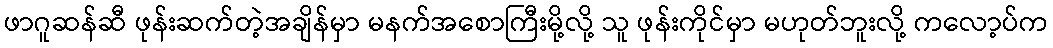
ဖာဂူဆန်ဆီ ဖုန်းဆက်တဲ့အချိန်မှာ မနက်အစောကြီးမို့လို့ သူ ဖုန်းကိုင်မှာ မဟုတ်ဘူးလို့ ကလော့ပ်က